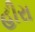
હીરા